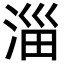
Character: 淄